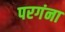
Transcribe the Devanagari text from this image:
परगंना